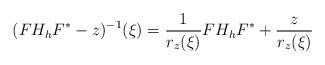
LaTeX: \begin{align*}(F H_h F^*-z)^{-1}(\xi)&=\frac{1}{r_z(\xi)}FH_hF^*+\frac{z}{r_z(\xi)}\end{align*}